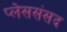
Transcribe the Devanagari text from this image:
प्लेससंसद